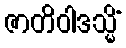
ဇာတိဝါဒသ္မိံ